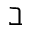
\beth